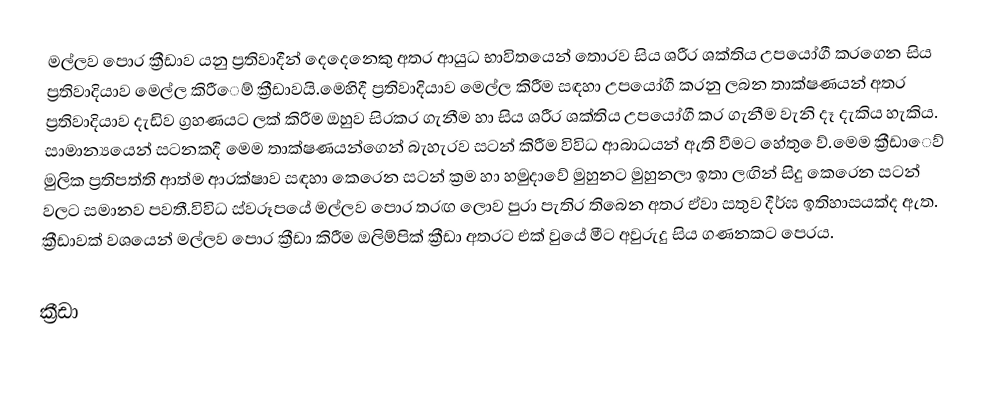
මල්ලව පොර ක්‍රීඩාව යනු ප්‍රතිවාදීන් දෙදෙනෙකු අතර ආයුධ භාවිතයෙන් තොරව සිය ශරීර ශක්තිය උපයෝගී කරගෙන සිය ප්‍රතිවාදියාව මෙල්ල කිරී‍ෙම්‍ ක්‍රීඩාවයි.මෙහිදී ප්‍රතිවාදියාව මෙල්ල කිරීම සඳහා උපයෝගී කරනු ලබන තාක්ෂණයන් අතර ප්‍රතිවාදියාව දැඩිව ග්‍රහණයට ලක් කිරීම ඔහුව සිරකර ගැනීම හා සිය ශරීර ශක්තිය උපයෝගී කර ගැනීම වැනි දෑ දැකිය හැකිය. සාමාන්‍යයෙන් සටනකදී මෙම තාක්ෂණයන්ගෙන් බැහැරව සටන් කිරීම විවිධ ආබාධයන් ඇති වීමට හේතු ‍ෙව්‍.මෙම ක්‍රීඩා‍ෙව් මුලික ප්‍රතිපත්ති ආත්ම ආරක්ෂාව සඳහා කෙරෙන සටන් ක්‍රම හා හමුදාවේ මුහුනට මුහුනලා ඉතා ලඟින් සිදු කෙරෙන ස‍ටන් වලට සමානව පවතී.විවිධ ස්වරූපයේ මල්ලව පොර තරඟ ලොව පුරා පැතිර තිබෙන අතර ඒවා සතුව දීර්ඝ ඉතිහාසයක්ද ඇත. ක්‍රීඩාවක් වශයෙන් මල්ලව පොර ක්‍රීඩා කිරීම ඔලිම්‍පික් ක්‍රීඩා අතරට එක් වුයේ මීට අවුරුදු සිය ගණනකට පෙරය.

ක්‍රීඩා